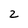
Character: 2